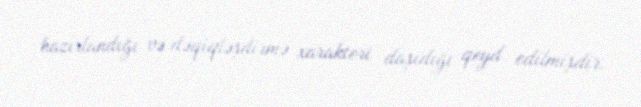
hazırlandığı və dəqiqləşdirmə xarakteri daşıdığı qeyd edilmişdir.